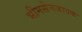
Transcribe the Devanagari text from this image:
भीमसेनजातक